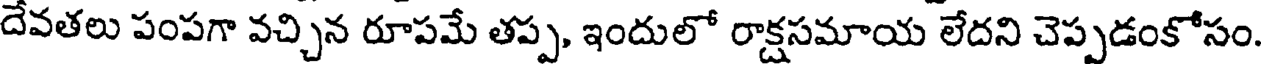
దేవతలు పంపగా వచ్చిన రూపమే తప్ప, ఇందులో రాక్షసమాయ లేదని చెప్పడంకోసం